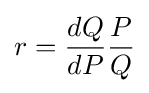
{r}={\frac {dQ}{dP}}{\frac {P}{Q}}